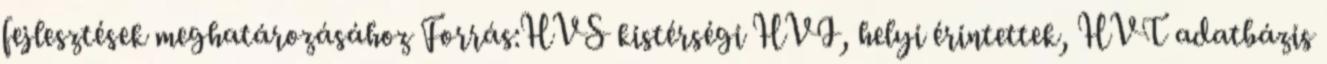
fejlesztések meghatározásához Forrás:HVS kistérségi HVI, helyi érintettek, HVT adatbázis